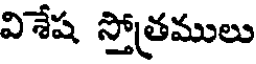
విశేష స్తోత్రములు